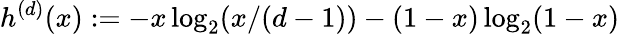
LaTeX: {h^{(d)}(x):=-x\log_{2}(x/(d-1))-(1-x)\log_{2}(1-x)}